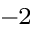
^ { - 2 }